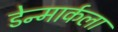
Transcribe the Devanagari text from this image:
डेन्मार्कला